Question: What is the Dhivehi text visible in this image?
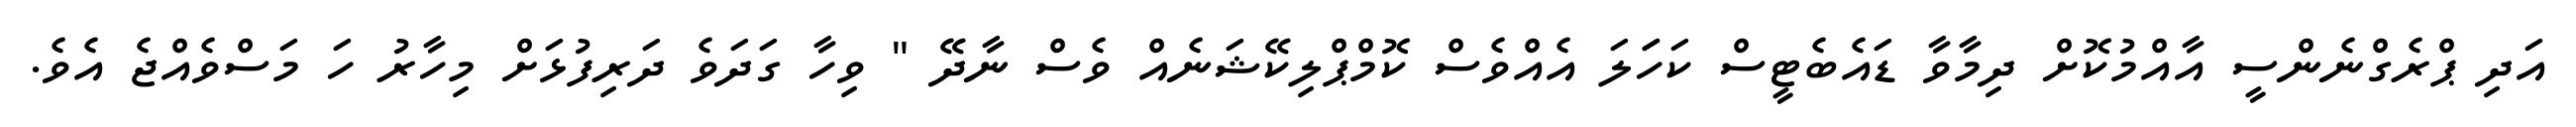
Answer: އަދި ޕްރެގްނެންސީ އާއްމުކޮށް ދިމާވާ ޑައެބެޓީސް ކަހަަލަ އެއްވެސް ކޮމްޕްލިކޭޝަނެއް ވެސް ނާދޭ " ވިހާ ގަދަވެ ދަރިފުޅަށް މިހާރު ހަ މަސްވެއްޖެ އެވެ.